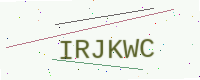
Text: IRJKWC